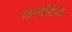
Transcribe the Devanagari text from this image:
संलागियों